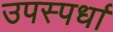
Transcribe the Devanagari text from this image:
उपस्पर्धा